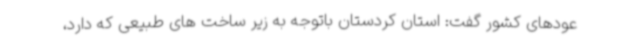
عودهای کشور گفت: استان کردستان باتوجه به زیر ساخت های طبیعی که دارد،